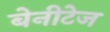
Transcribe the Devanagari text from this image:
बेनीटेज